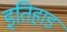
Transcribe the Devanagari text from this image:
इतिहाड